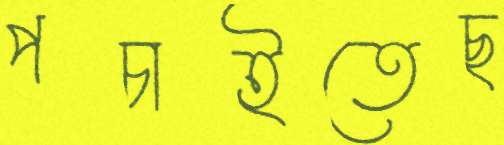
পচাইতেছ